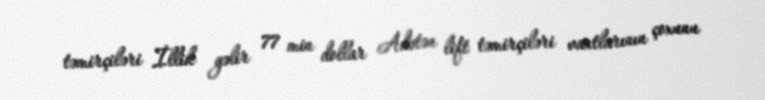
təmirçiləri İllik gəlir 77 min dollar Adətən lift təmirçiləri vaxtlarının çoxunu